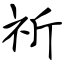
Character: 祈